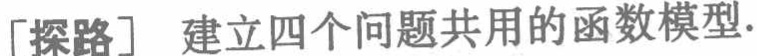
[探路] 建立四个问题共用的函数模型.